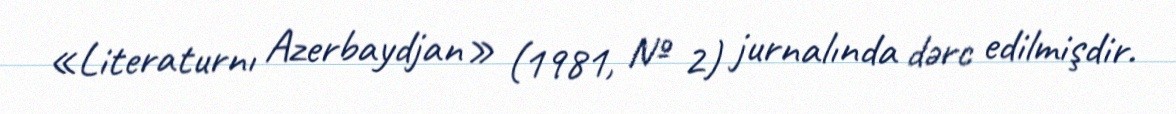
«Literaturnı Azerbaydjan» (1981, № 2) jurnalında dərc edilmişdir.